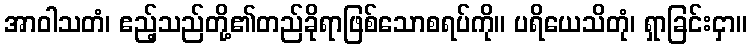
အာဝါသတံ၊ ဧည့်သည်တို့၏တည်ခိုရာဖြစ်သောစရပ်ကို။ ပရိယေသိတုံ၊ ရှာခြင်းငှာ။